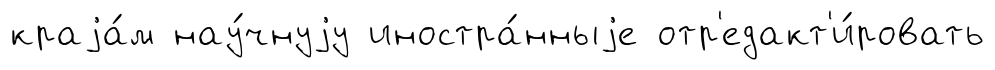
краjа́м нау́чнуjу иностра́нныjе отр'едакт'и́ровать